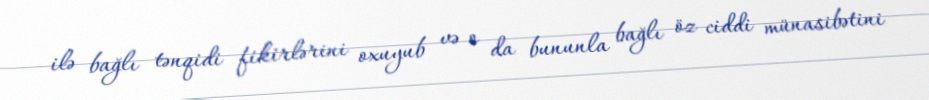
ilə bağlı tənqidi fikirlərini oxuyub və o da bununla bağlı öz ciddi münasibətini